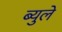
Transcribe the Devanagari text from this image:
ब्युले